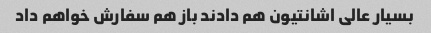
بسیار عالی اشانتیون هم دادند باز هم سفارش خواهم داد